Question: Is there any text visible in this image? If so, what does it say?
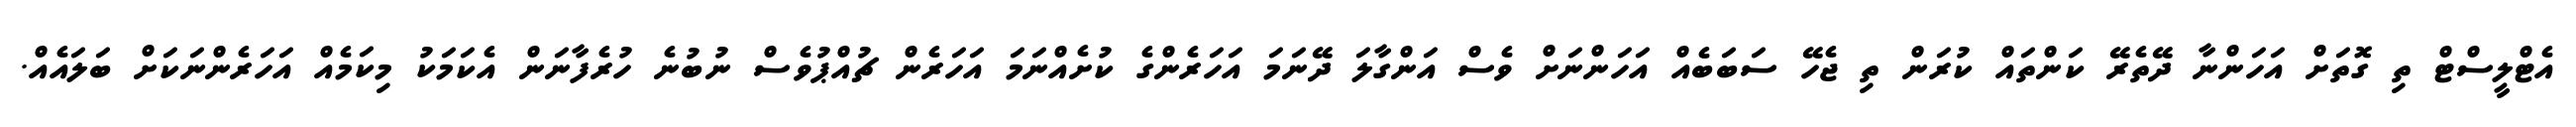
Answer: އެޓްލީސްޓް ތި ގޮތަށް އަހަންނާ ދޭތެރޭ ކަންތައް ކުރަން ތި ޖެހޭ ސަބަބެއް އަހަންނަށް ވެސް އަންގާލަ ދޭނަމަ އަހަރެންގެ ކުށެއްނަމަ އަހަރެން ޗުއްޕުވެސް ނުބުނެ ހުރެފާނަން އެކަމަކު މިކަމެއް އަހަރެންނަކަށް ބަލައެއް.